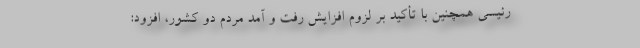
رئیسی همچنین با تأکید بر لزوم افزایش رفت و آمد مردم دو کشور، افزود: